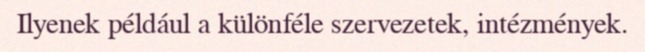
Ilyenek például a különféle szervezetek, intézmények.